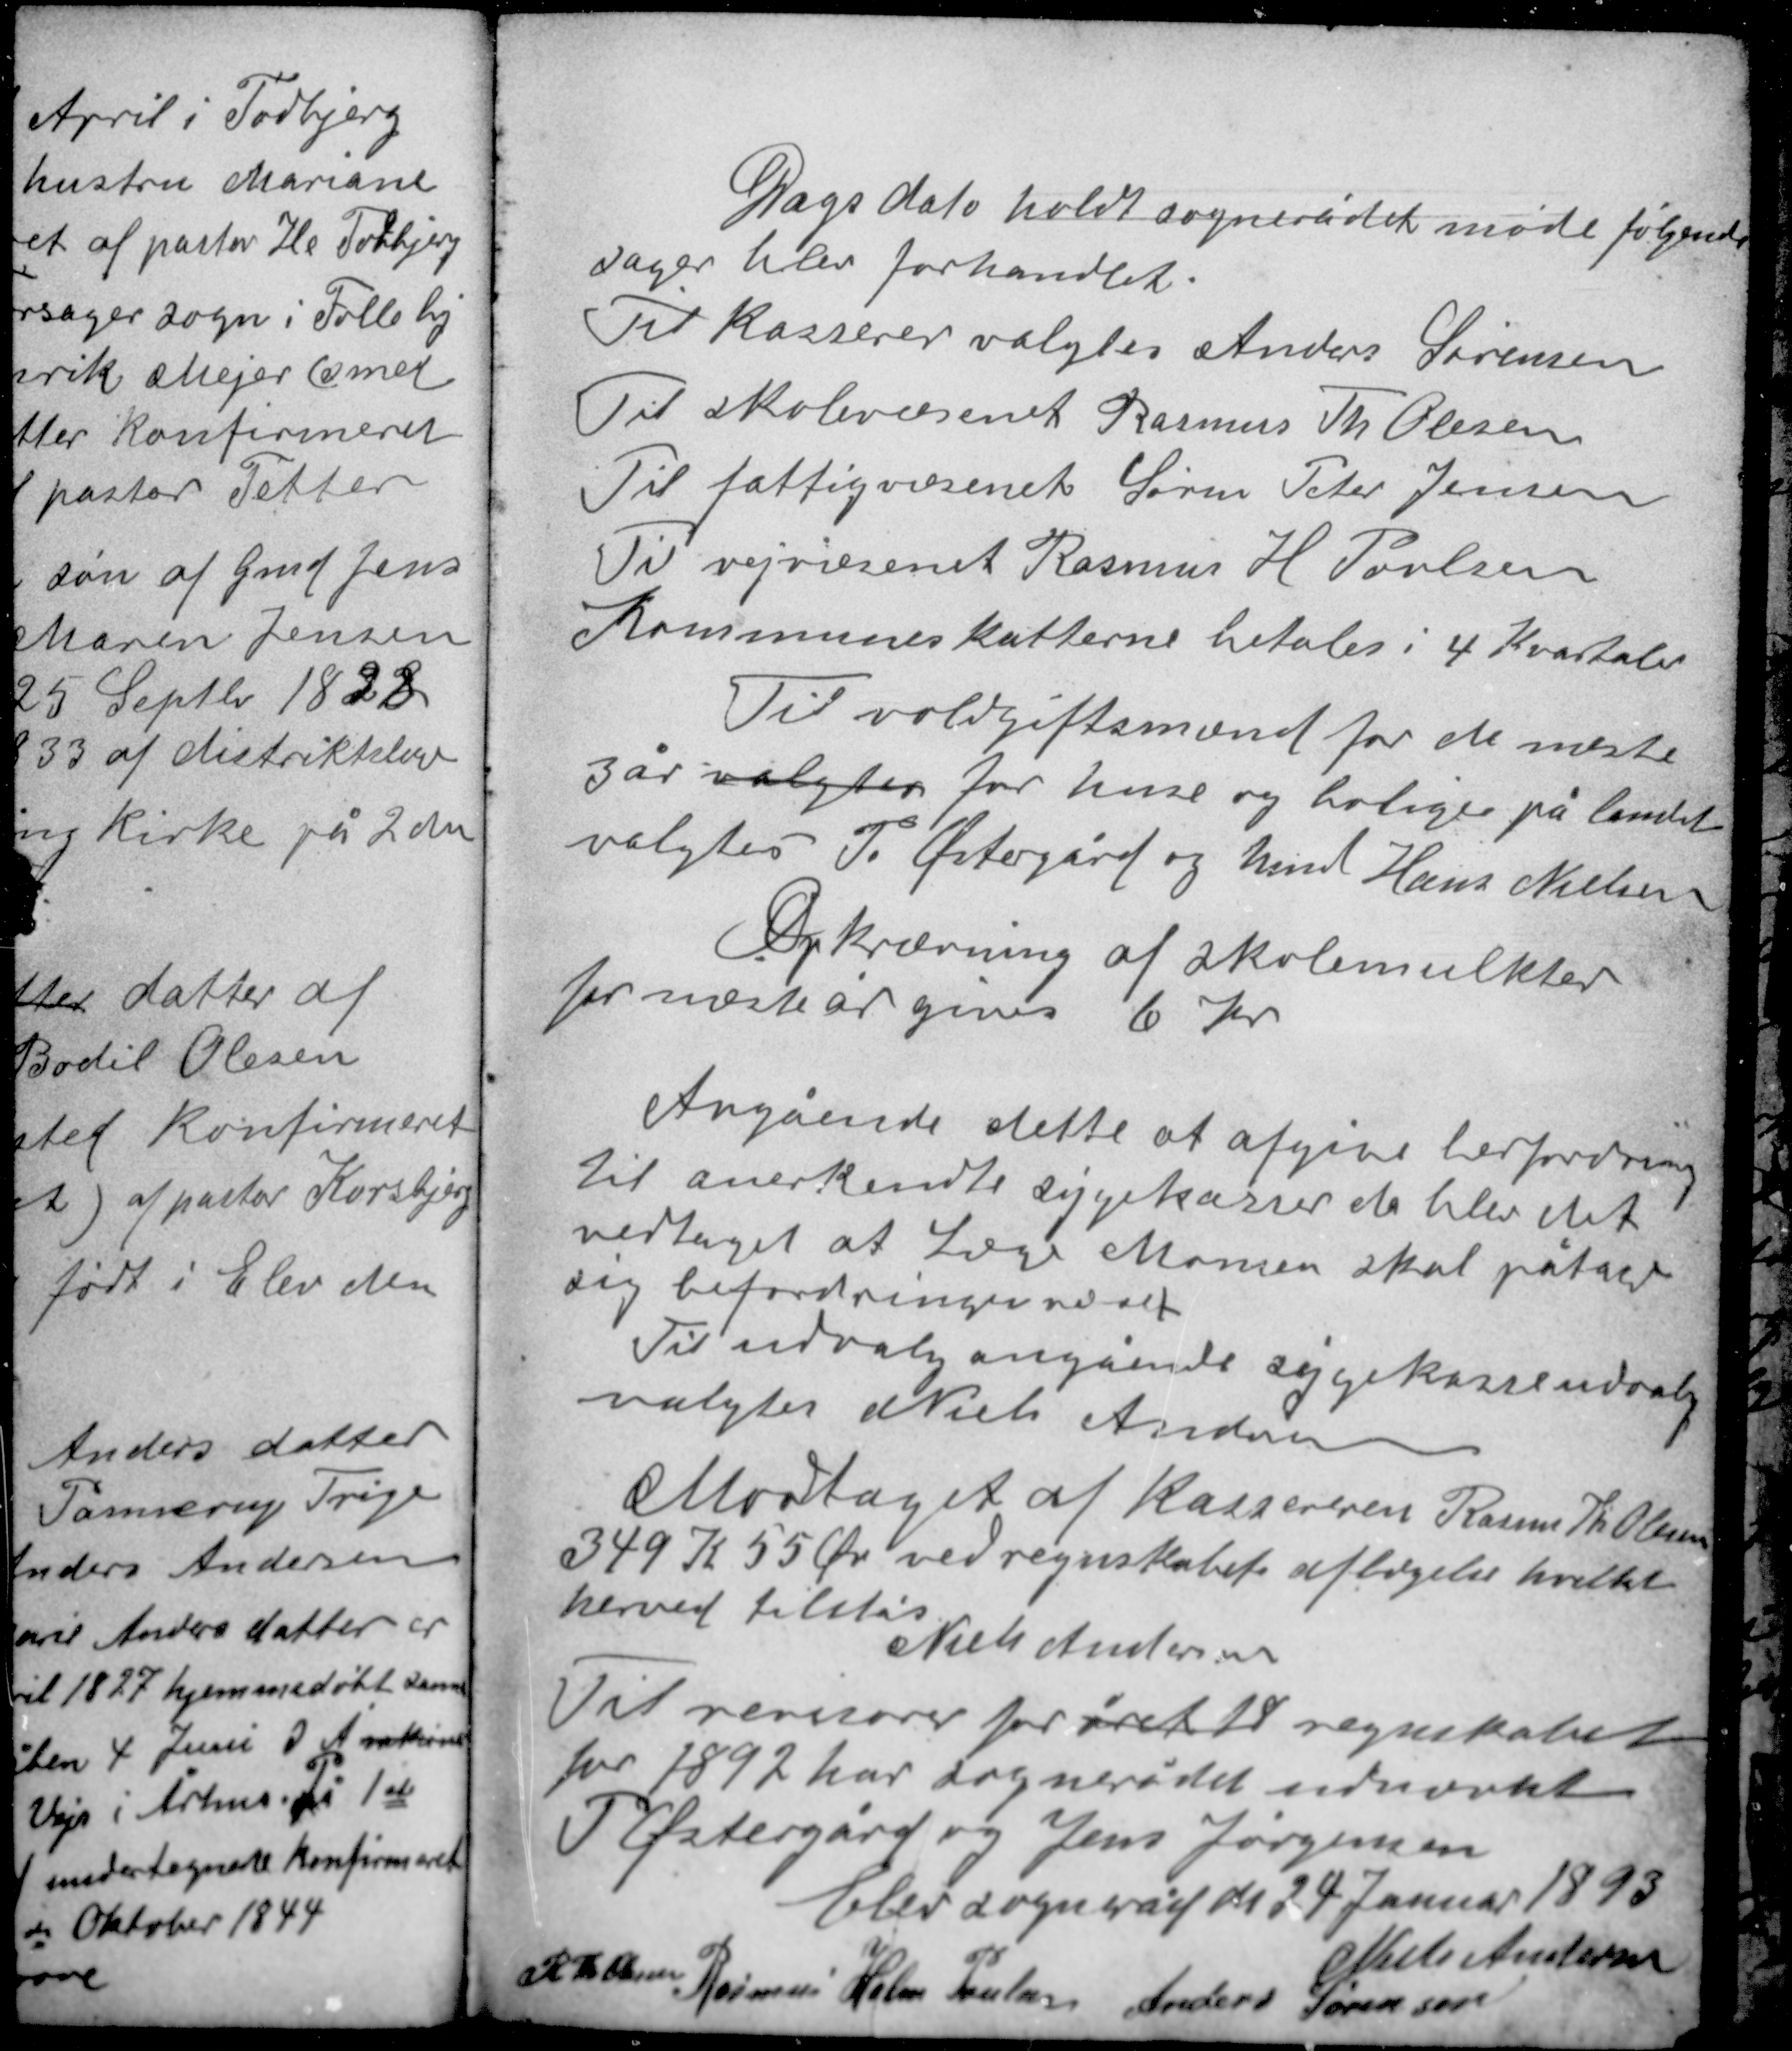
Transskription:
Dags dato holdt sognerådet møde følgende
sager blev forhandlet.
Til kasserer valgtes Anders Sørensen
Til skolevæsenet Rasmus Th. Olesen
Til fattigvæsenet Søren Peter Jensen
Til vejvæsenet Rasmus H. Povlsen
Kommuneskatterne betales i 4 Kvartaler.

Til voldgiftsmænd for de næste
3 år valgtes for huse og boliger på landet
valgtes P Østergård og hmd Hans Nielsen
Opkrævning af skolemulkter
for næste år gives 6 kr.

Angående dette at afgive befordring
til anerkendte sygekasser da blev det
vedtaget at Læge Monsen skal påtage
sig befordringen ved alt.
Til udvalg angående sygekasseudvalg
valgtes Niels Andersen

Modtaget af kassereren Rasmus Th. Olesen
349 K 55 Øre ved regnskabets aflægelse hvilket
herved tilstås
Niels Andersen

Til revisorer for året 18 regnskabet
for 1892 har sognerådet udnævnt
P Østergård og Jens Jørgensen
Elev sogneråd d 24 Januar 1893
Niels Andersen
R. Th. Olesen
Rasmus Holm Poulsen Anders Sørensen